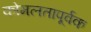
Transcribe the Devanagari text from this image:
कोमलतापूर्वक